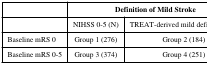
<table><thead><tr><td></td><td colspan="2"><b>Definition of Mild Stroke</b></td></tr></thead><tbody><tr><td></td><td>NIHSS 0-5 (N)</td><td>TREAT-derived mild definition (N)</td></tr><tr><td>Baseline mRS 0</td><td>Group 1 (276)</td><td>Group 2 (184)</td></tr><tr><td>Baseline mRS 0-5</td><td>Group 3 (374)</td><td>Group 4 (251)</td></tr></tbody></table>